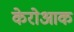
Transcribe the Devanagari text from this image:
केरोआक